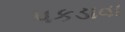
પકડાવા